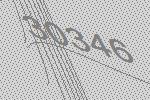
30346